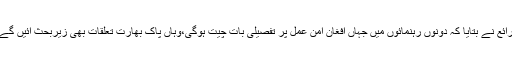
ذرائع نے بتایا کہ دونوں رہنمائوں میں جہاں افغان امن عمل پر تفصیلی بات چیت ہوگی،وہاں پاک بھارت تعلقات بھی زیربحث آئیں گے ۔